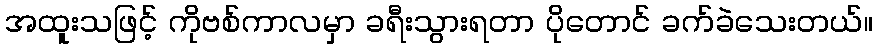
အထူးသဖြင့် ကိုဗစ်ကာလမှာ ခရီးသွားရတာ ပိုတောင် ခက်ခဲသေးတယ်။